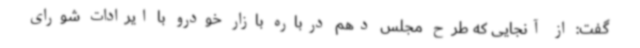
گفت: از آنجایی که طرح مجلس دهم درباره بازار خودرو با ایرادات شورای